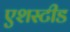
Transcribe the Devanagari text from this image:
एशस्टीड